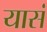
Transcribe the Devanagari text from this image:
यासं